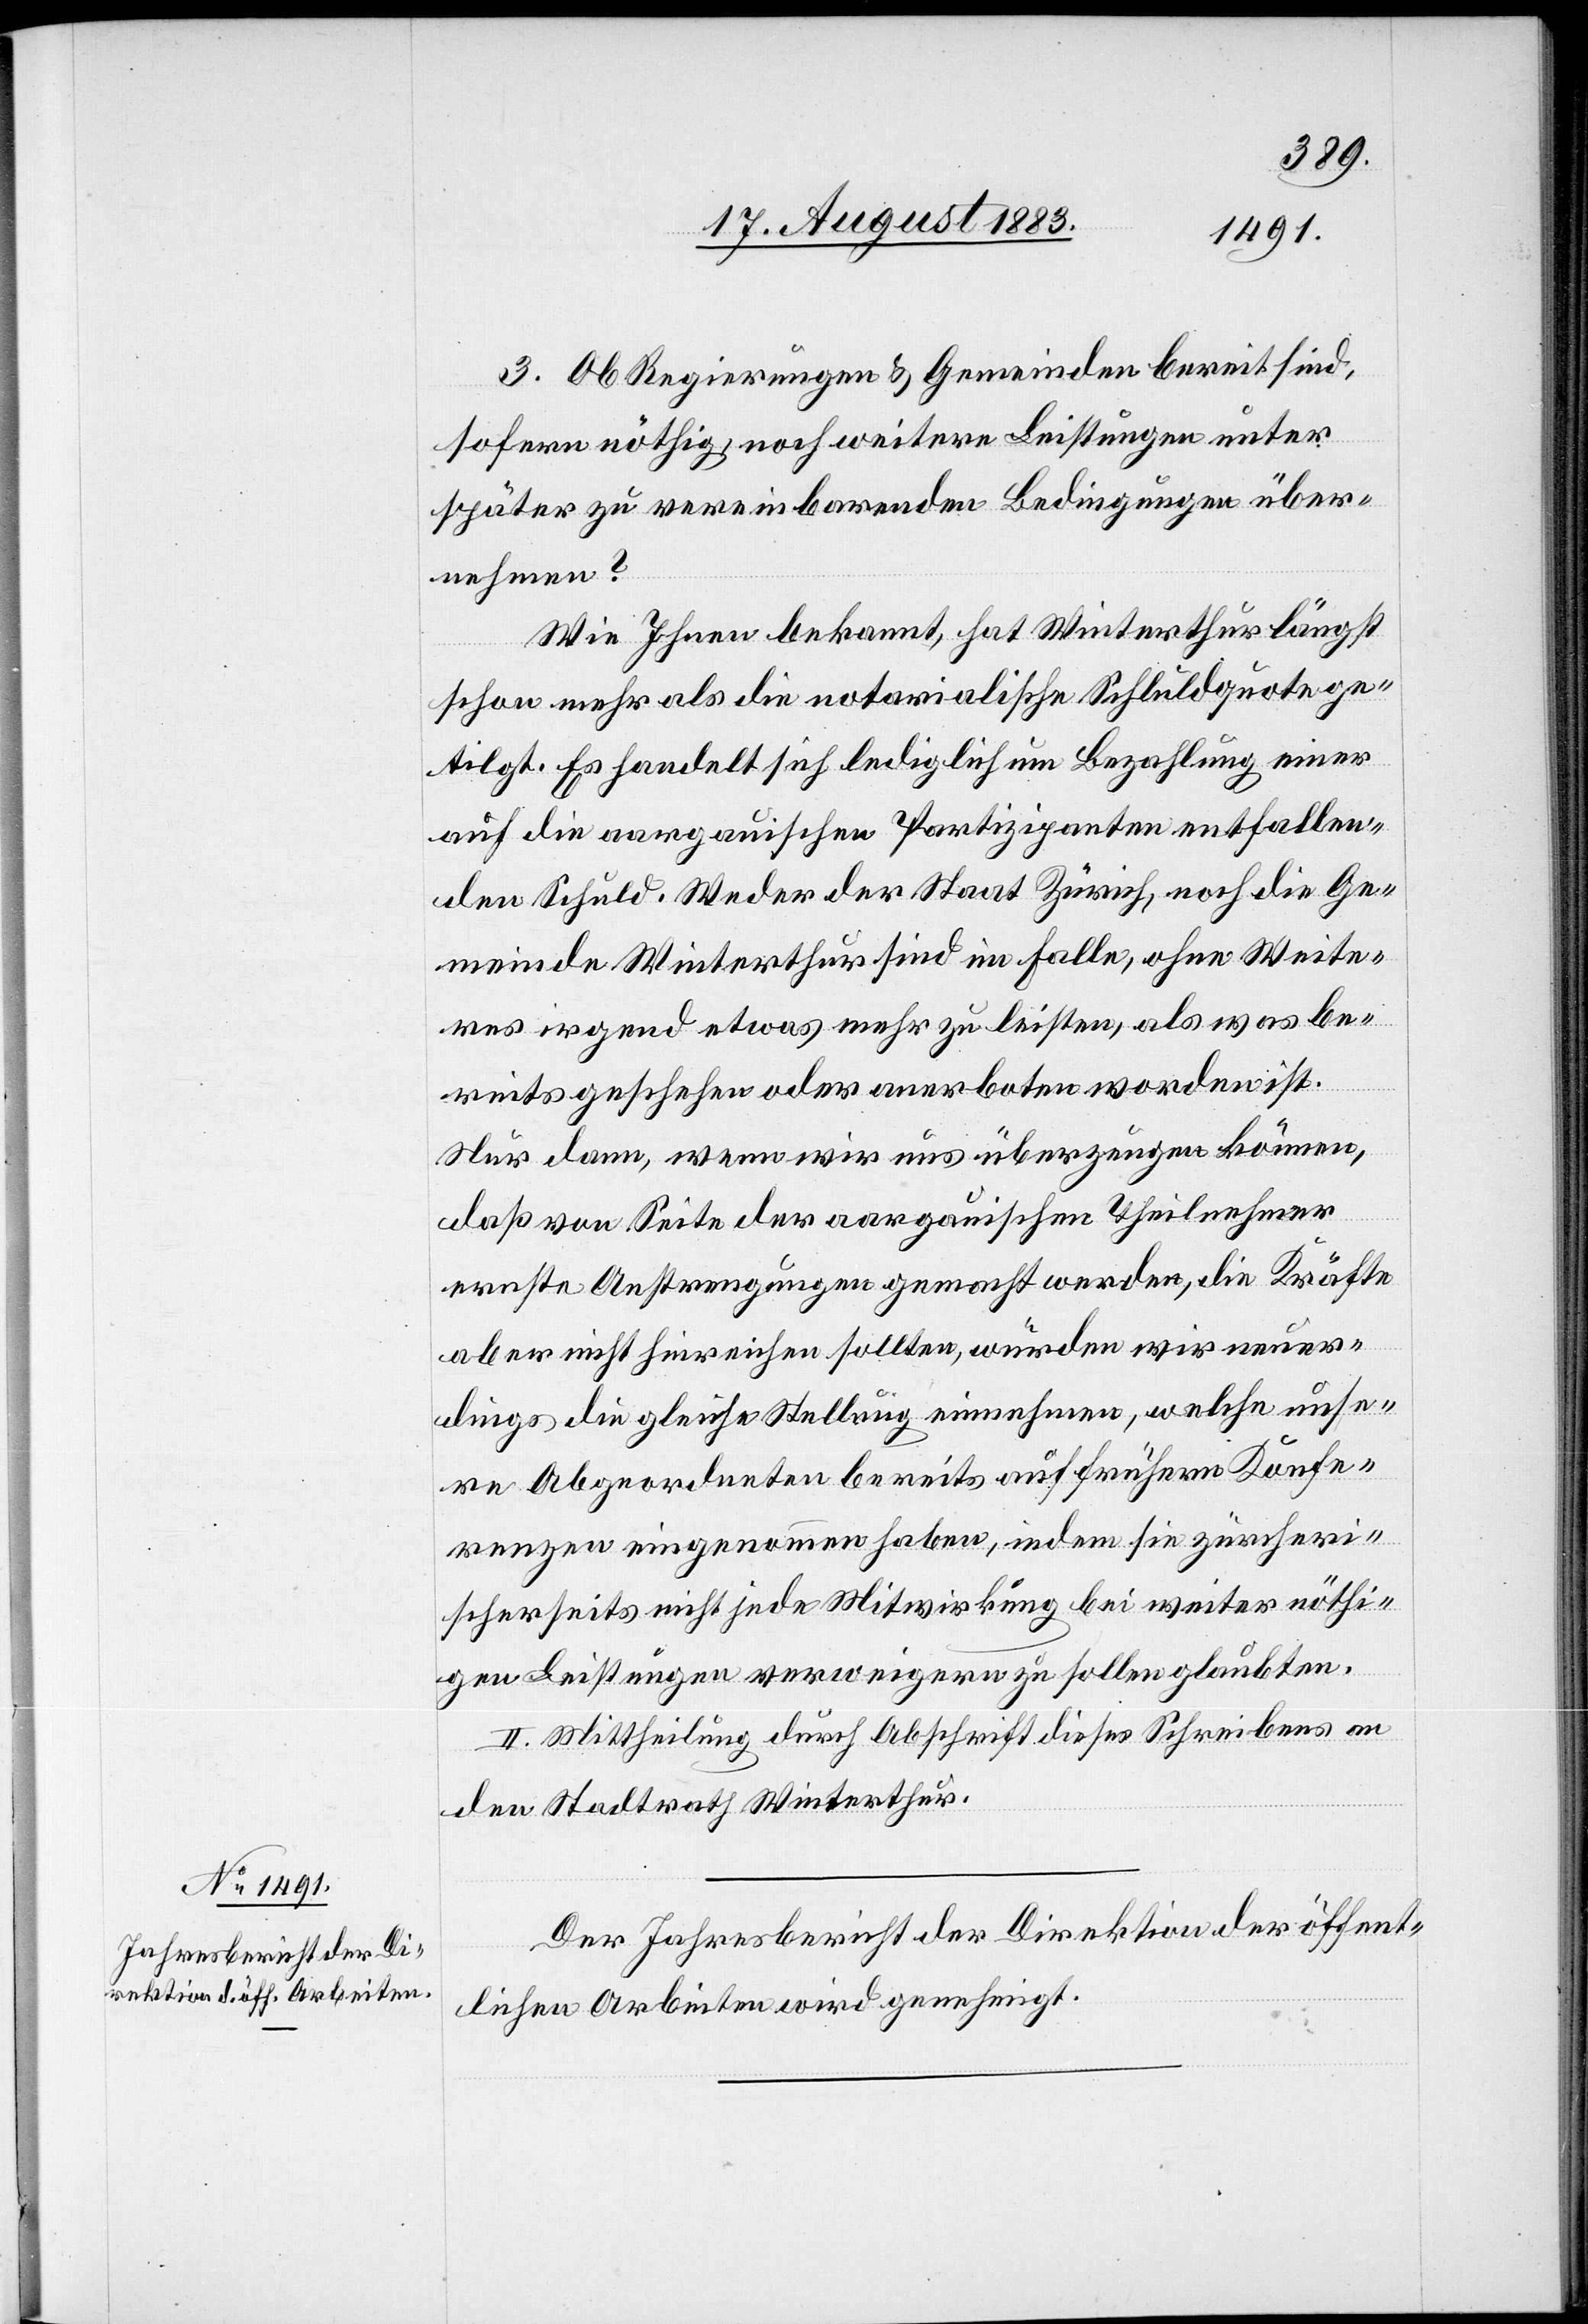
3. Ob Regierungen & Gemeinden bereit sind.
sofern nöthig, noch weitere Leistungen unter
später zu vereinbarenden Bedingungen [zu] über¬
nehmen?
Wie Ihnen bekannt, hat Winterthur längst
schon mehr als die notarialische Schuldquote ge¬
tilgt. Es handelt sich lediglich um Bezahlung einer
auf die aargauischen Partizipanten entfallen¬
den Schuld. Weder der Staat Zürich, noch die Ge¬
meinde Winterthur sind im Falle, ohne Weite¬
res irgend etwas mehr zu leisten, als was be¬
reits geschehen oder anerboten worden ist.
Nur dann, wenn wir uns überzeugen können,
daß von Seite der aargauischen Theilnehmer
ernste Anstrengungen gemacht werden, die Kräfte
aber nicht hinreichen sollten, würden wir neuer¬
dings die gleiche Stellung einnehmen, welche unse¬
re Abgeordneten bereits auf frühern Konfe¬
renzen eingenommen haben, indem sie zürcheri¬
scherseits nicht jede Mitwirkung bei weiter nöthi¬
gen Leistungen verweigern zu sollen glaubten.
II. Mittheilung durch Abschrift dieses Schreibens an
den Stadtrath Winterthur.
Der Jahresbericht der Direktion der öffent¬
lichen Arbeiten wird genehmigt.